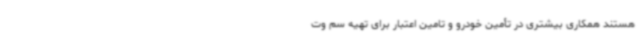
هستند همکاری بیشتری در تأمین خودرو و تامین اعتبار برای تهیه سم وت